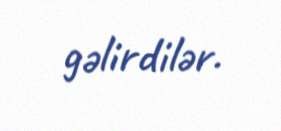
gəlirdilər.